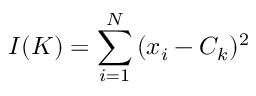
I ( K ) = \sum _ { i = 1 } ^ { N } { ( x _ { i } - C _ { k } ) ^ { 2 } }